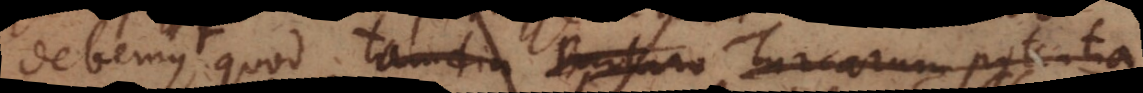
debemus quod tamdiu Barbaro Turcarum potentia,